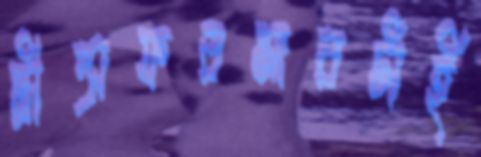
ট্রান্সফরমারটাই